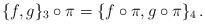
LaTeX: \begin{align*}\{f,g\}_{3}\circ\pi=\{f\circ\pi,g\circ\pi\}_{4}\,.\end{align*}